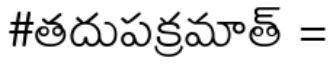
#తదుపక్రమాత్ =